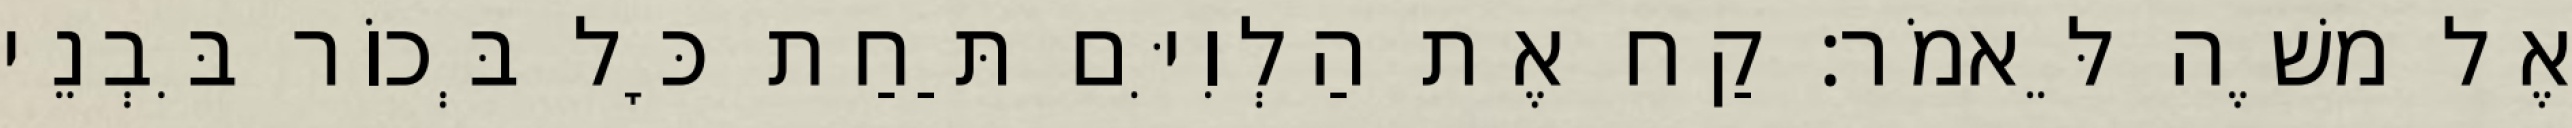
אֶל משֶׁה לֵּאמֹר׃ קַח אֶת הַלְוִיִּם תַּחַת כָּל בְּכוֹר בִּבְנֵי